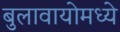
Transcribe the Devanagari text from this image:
बुलावायोमध्ये